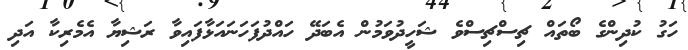
ހަގު ކުދިންގެ ބޯތައް ޗިސްޗިސްވެ ޝަހީދުވަމުން އެބަދޭ ހައްދުފަހަނައަޅާފައިވާ ރަޝިޔާ އެމެރިކާ އަދި